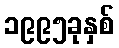
၁၉၉၅ခုနှစ်